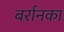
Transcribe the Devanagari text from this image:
बर्रानका